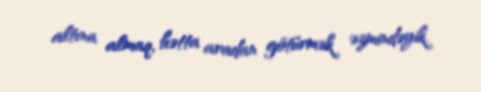
altına almaq, hətta aradan götürmək əzmindəyik.